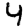
Digit: 4